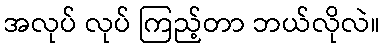
အလုပ် လုပ် ကြည့်တာ ဘယ်လိုလဲ။